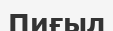
Пиғыл